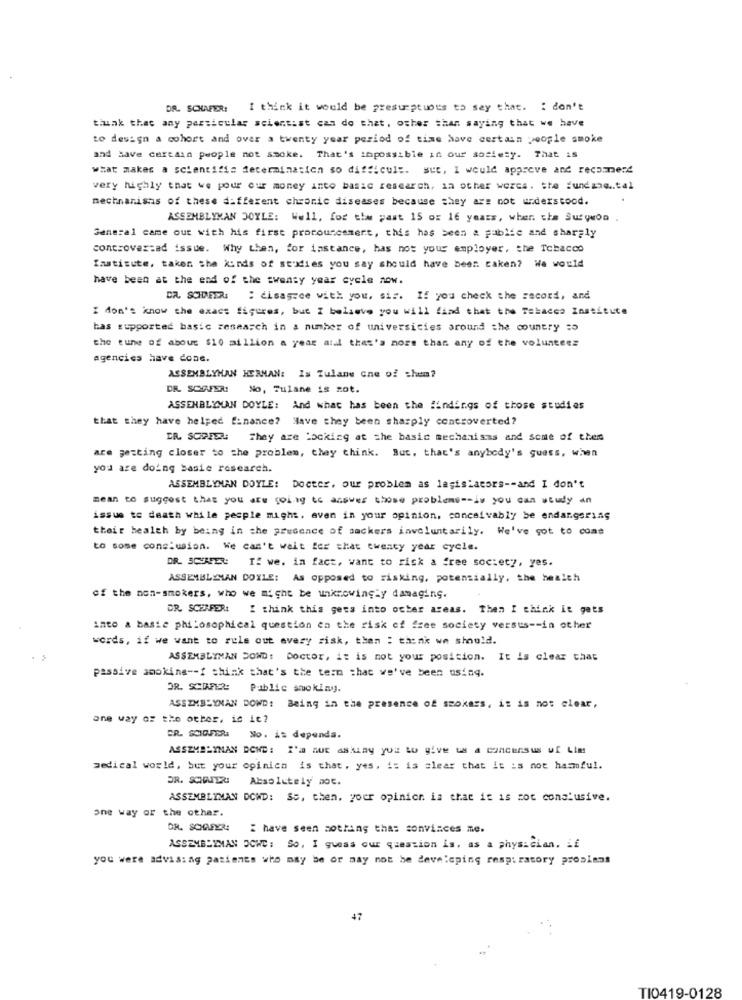
DR. SCHAFER: I think it would be presumptuous to say that. " don't
tiunk that any particular scientist can do that. other than saying that we have
to design a cohort and over a twenty year period of time have certain people smoke
and save certain people not smoke. That's impossible in our society. That is
what makes a scientific determination so difficult. But, I would appreve and recomerd
very highly that we pour our money into basic research, in other words. the fundang .. tal
mechanisms of these different chronic diseases because they are not understood.
ASSEMBLYMAN DOYLE: Well, for the past 15 og 16 years, wher. the Surgeon
General came out with his first prorouccemert, this has been & public and sharply
controver:ad issue. Why then, for instance, has not your employer, the Tobacco
Institute, taken the kinds of studies you say should have been taken? We would
have been at the end of the twenty year cycle now.
DR. SCHAPER:
: disagree with you, sis. If you check the record, and
I don't know the exact figures, but I believe you will find that the Tabacco Institute
bas supported basic research in a number of universities around the country =5
the tune of about $10 million a year all that's nors than any of the volunteez
agencies have done.
ASSEMBLYHAN HERNAN: Is Tulane Gne of :hem?
DR. SCHAFER: No, Tulane is not.
ASSENBLYMAN DOYLE: And what has been the findings of those studies
that they have helped finance? Have they been sharply controverted?
IR. SCOPER: They are Looking at the basic mechanisms and some of them
are getting closer to the problem, they think. But, that's anybody's guess, when
you are doing basie research.
ASSEMBLYMAN DOYLE: Docter, our problem as legislators -- and I don't
mean to suggest that you are going to answer those problems -- is you can study an
issue to death while people might, aven in your opinion, conceivably be endangering
their health by being in the presence of sackers involuntarily. We've got to come
to some conclusion. We can't wait for that cwency year cycle.
DR. SCHAFER: If we. in fact, want to risk a free society, yes.
ASSEMBLYMAN DOYLE: As opposed to risking, potensially, the health
of the non-smokers, who we might be unknowingly damaging.
DR. SCEAPER:
I think this gets into outer areas. Then I think it gets
into a basie philosophical question en the risk of free society versus -- in other
words, if we want to rule out avery zisk, then : think we should.
ASSEMBLYMAN DOWD: Doctor, it is not your position. It is clear chat
passive smoking -- I think that's the term that we've been using.
OR. SCOPER:
Public smoking.
ASSIMBLYNAN DOWD: Being in the presence of smokers, it is not clear,
one way of the other, is it?
DR. SCHOUDER
No. is dependa.
ASSZMELYNAN BOND: I'm aux asking you to give us a concensus uf Lim
medical world, but your opinica is that, yes, i: is clear that it is not harmful.
Absolutely not.
ASSEMBLYMAN DOWD: So, then. your opinion is that it is cot conclusive.
One way or the other.
have seen nothing thas convinces me.
ASSEMBLYMAN DOWD: So, I guess cur question is, as a physician. if
you were advising patients who may be or may not be developing respiratory proaians
TI0419-0128